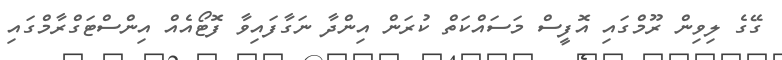
ގޭގެ ލިވިން ރޫމްގައި އޮފީސް މަސައްކަތް ކުރަން އިންދާ ނަގާފައިވާ ފޮޓޯއެއް އިންސްޓަގްރާމްގައި